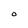
Character: O